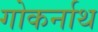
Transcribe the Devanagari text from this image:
गोकर्नाथ